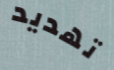
تهديد